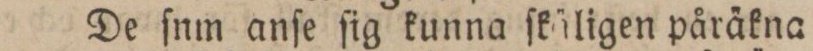
De ſnm anſe ſig kunna ſkäligen påräkna